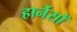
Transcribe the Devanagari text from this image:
हार्नेसों